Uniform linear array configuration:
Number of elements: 24
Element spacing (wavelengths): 0.75
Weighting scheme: blackman
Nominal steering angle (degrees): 60
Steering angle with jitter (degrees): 61.256
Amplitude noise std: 0.05
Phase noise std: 0.05

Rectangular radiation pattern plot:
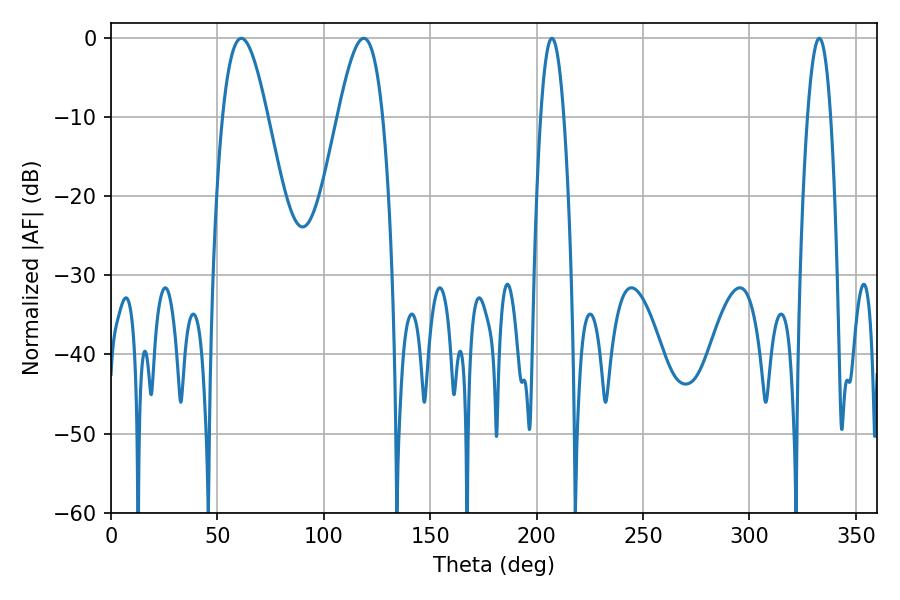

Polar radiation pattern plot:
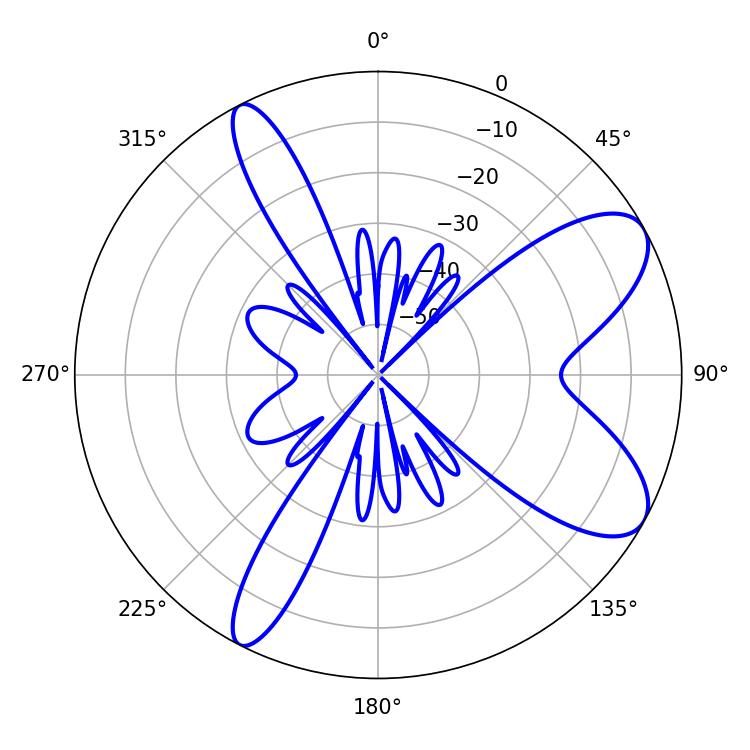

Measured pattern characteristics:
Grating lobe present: TRUE
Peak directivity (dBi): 8.503
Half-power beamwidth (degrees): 5.94
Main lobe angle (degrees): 207.18